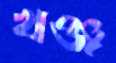
খঞ্জ